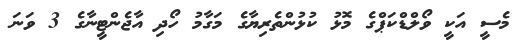
މެސީ އަކީ ވޯލްޑްކަޕްގެ މޮޅު ކުޅުންތެރިޔާގެ މަގާމު ހޯދި އާޖެންޓީނާގެ 3 ވަނަ